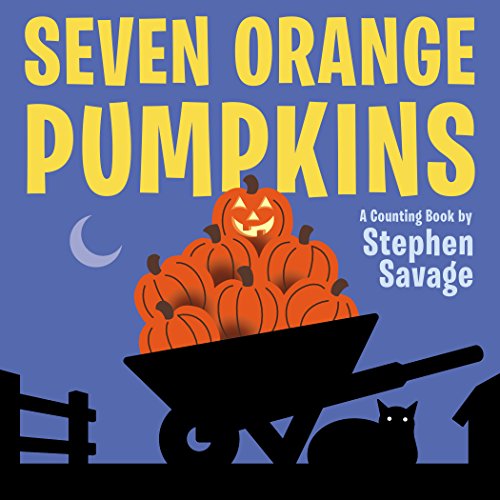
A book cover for Seven Orange Pumpkins board book; Stephen Savage; Children's Books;